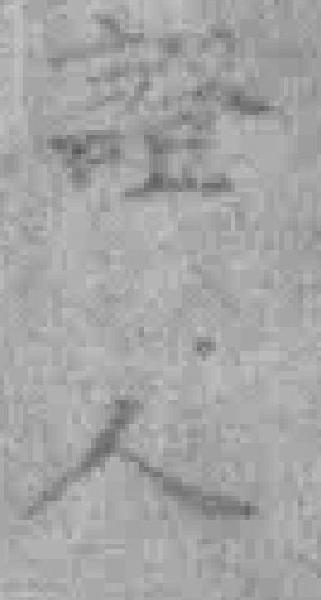
證人